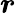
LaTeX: \mathbfit{r}